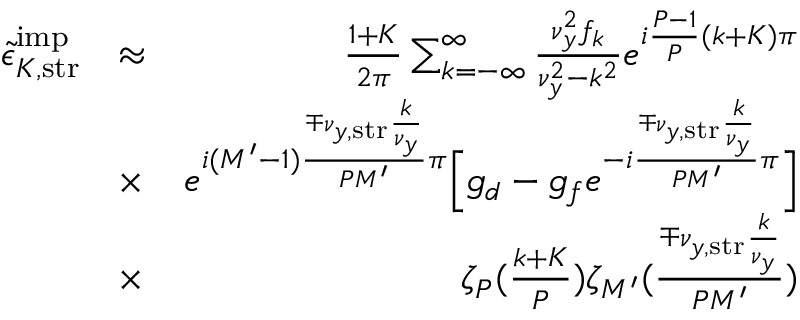
\begin{array} { r l r } { \tilde { \epsilon } _ { K , \mathrm { s t r } } ^ { \mathrm { i m p } } } & { \approx } & { \frac { 1 + K } { 2 \pi } \sum _ { k = - \infty } ^ { \infty } \frac { \nu _ { y } ^ { 2 } f _ { k } } { \nu _ { y } ^ { 2 } - k ^ { 2 } } e ^ { i \frac { P - 1 } { P } ( k + K ) \pi } } \\ & { \times } & { e ^ { i ( M ^ { \prime } - 1 ) \frac { \mp \nu _ { y , \mathrm { s t r } } \frac { k } { \nu _ { y } } } { P M ^ { \prime } } \pi } \Bigl [ g _ { d } - g _ { f } e ^ { - i \frac { \mp \nu _ { y , \mathrm { s t r } } \frac { k } { \nu _ { y } } } { P M ^ { \prime } } \pi } \Bigr ] } \\ & { \times } & { \zeta _ { P } ( \frac { k + K } { P } ) \zeta _ { M ^ { \prime } } ( \frac { \mp \nu _ { y , \mathrm { s t r } } \frac { k } { \nu _ { y } } } { P M ^ { \prime } } ) } \end{array}